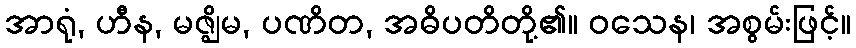
အာရုံ, ဟီန, မဇ္ဈိမ, ပဏိတ, အဓိပတိတို့၏။ ဝသေန၊ အစွမ်းဖြင့်။